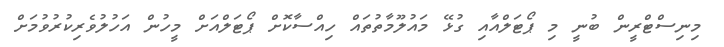
މިނިސްޓްރީން ބުނީ މި ޕޯޓަލްއާއި ގުޅޭ މައުލޫމާތުތައް ހިއްސާކޮށް ޕޯޓަލްއަށް މީހުން އަހުލުވެރިކުރުވުމަށް